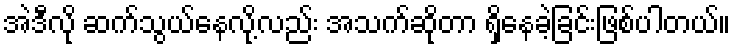
အဲဒီလို ဆက်သွယ်နေလို့လည်း အသက်ဆိုတာ ရှိနေခဲ့ခြင်းဖြစ်ပါတယ်။